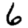
Digit: 6